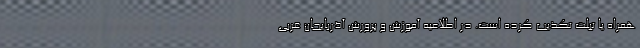
همراه یا تبلت تکذیب کرده است. در اطلاعیه آموزش و پرورش آذربایجان غربی